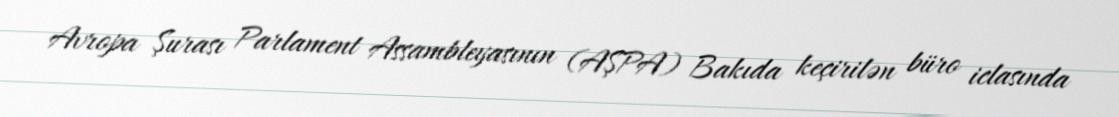
Avropa Şurası Parlament Assambleyasının (AŞPA) Bakıda keçirilən büro iclasında